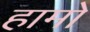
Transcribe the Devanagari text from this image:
हामो